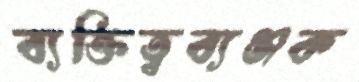
ব্যক্তিত্বব্যঞ্জক